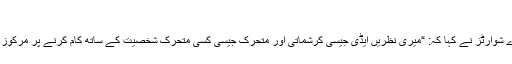
”
مرے شوارٹز نے کہا کہ: “میری نظریں ایڈی جیسی کرشماتی اور متحرک جیسی کسی متحرک شخصیت کے ساتھ کام کرنے پر مرکوز ہیں۔